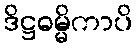
ဒိဋ္ဌဓမ္မိကာပိ